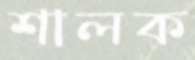
শালক